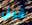
قبل